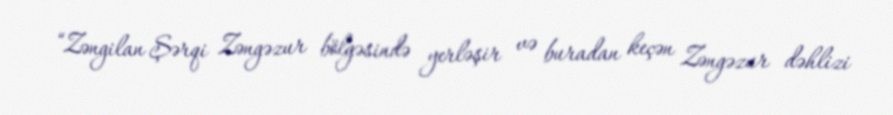
“Zəngilan Şərqi Zəngəzur bölgəsində yerləşir və buradan keçən Zəngəzur dəhlizi